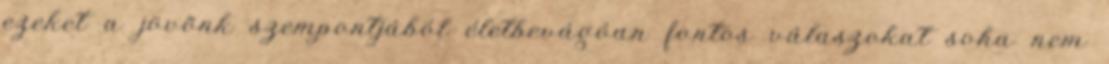
ezeket a jövõnk szempontjából életbevágóan fontos válaszokat soha nem